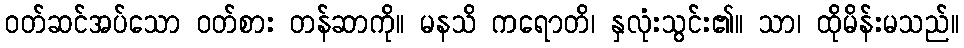
ဝတ်ဆင်အပ်သော ဝတ်စား တန်ဆာကို။ မနသိ ကရောတိ၊ နှလုံးသွင်း၏။ သာ၊ ထိုမိန်းမသည်။